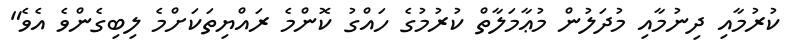
ކުރުމާއި ދިނުމާއި މުދަލުން މުޢާމަލާތް ކުރުމުގެ ހައްގު ކޮންމެ ރައްޔިތަކަށްމެ ލިބިގެންވެ އެވެ"